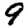
Digit: 9